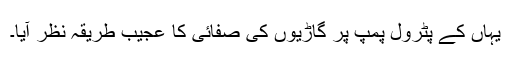
یہاں کے پٹرول پمپ پر گاڑیوں کی صفائی کا عجیب طریقہ نظر آیا۔